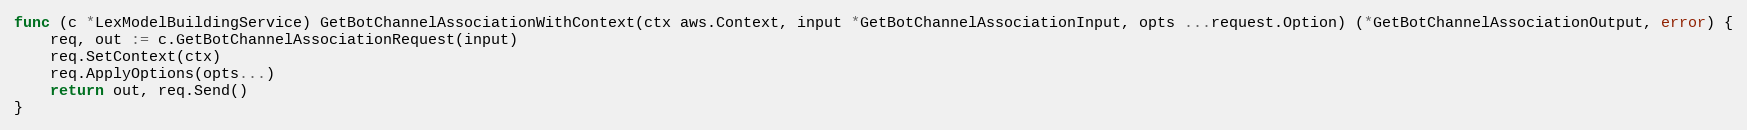
Language: Go
func (c *LexModelBuildingService) GetBotChannelAssociationWithContext(ctx aws.Context, input *GetBotChannelAssociationInput, opts ...request.Option) (*GetBotChannelAssociationOutput, error) {
	req, out := c.GetBotChannelAssociationRequest(input)
	req.SetContext(ctx)
	req.ApplyOptions(opts...)
	return out, req.Send()
}